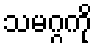
သမဂ္ဂကို